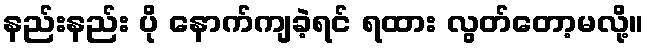
နည်းနည်း ပို နောက်ကျခဲ့ရင် ရထား လွတ်တော့မလို့။